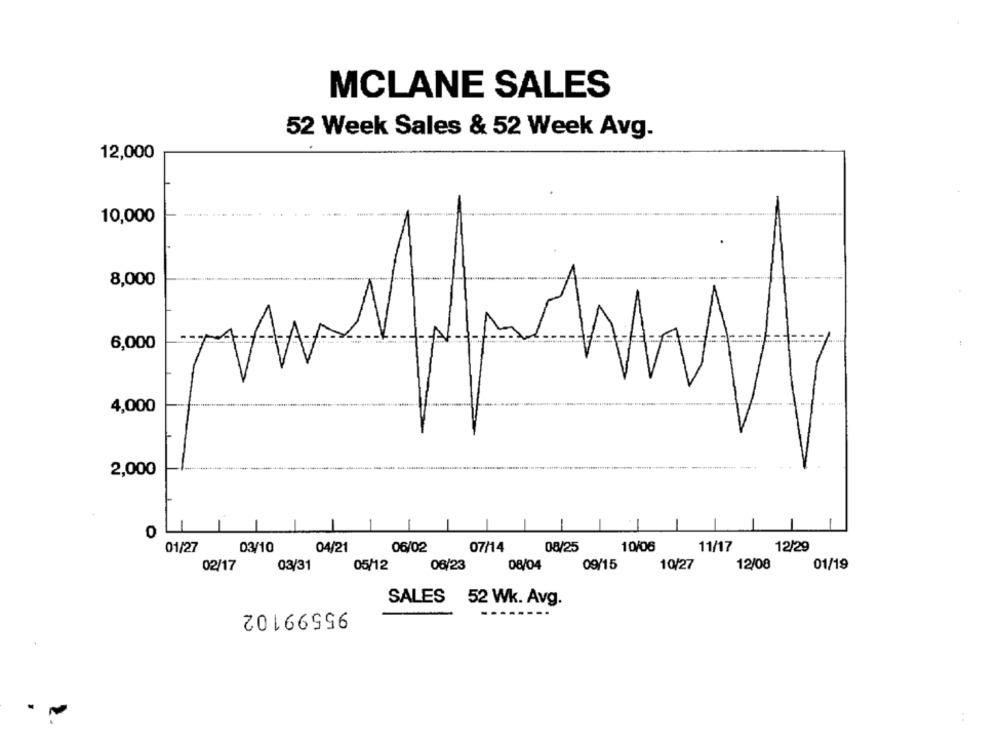
MCLANE SALES
52 Week Sales & 52 Week Avg.
12,000
10,000
8,000
6,000
4,000
2,000
01/27
03/10
04/21
06/02
07/14
08/25
10/06
11/17
12/29
09/15
01/19
02/17
03/31
05/12
06/23
08/04
10/27
12/08
SALES 52 Wk. Avg.
95599102
: